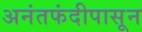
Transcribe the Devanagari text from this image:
अनंतफंदीपासून